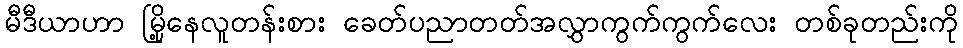
မီဒီယာဟာ မြို့နေလူတန်းစား ခေတ်ပညာတတ်အလွှာကွက်ကွက်လေး တစ်ခုတည်းကို